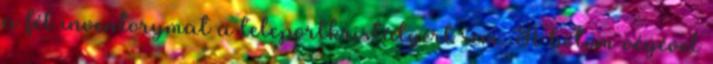
a fél inventorymat a teleportkristályért sem. A botom végével